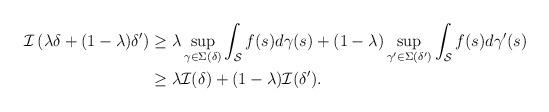
LaTeX: \begin{align*}\begin{aligned}\mathcal{I}\left(\lambda \delta + (1-\lambda) \delta^\prime \right) &\geq \lambda \sup_{\gamma \in \Sigma(\delta)} \int_{\mathcal{S} } f(s) d \gamma(s) + (1-\lambda) \sup_{\gamma^\prime \in \Sigma(\delta^\prime)}\int_{\mathcal{S} } f(s) d \gamma^{\prime }(s) \\& \geq \lambda \mathcal{I}(\delta) +(1-\lambda) \mathcal{I}(\delta^\prime).\end{aligned}\end{align*}